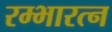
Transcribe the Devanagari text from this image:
रम्भारत्न